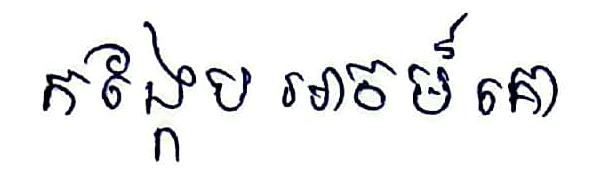
កង្កែប អាចម៍ គោ